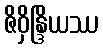
ဇိဝှိန္ဒြိယဿ